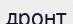
дронт